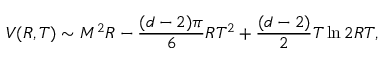
V ( R , T ) \sim M ^ { 2 } R - \frac { ( d - 2 ) \pi } { 6 } R T ^ { 2 } + \frac { ( d - 2 ) } { 2 } T \ln 2 R T ,